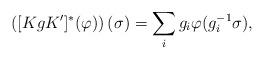
LaTeX: \begin{align*}\left( [KgK^\prime]^\ast (\varphi) \right) (\sigma) = \sum_i g_i \varphi(g_i^{-1}\sigma),\end{align*}